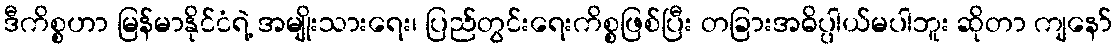
ဒီကိစ္စဟာ မြန်မာနိုင်ငံရဲ့ အမျိုးသားရေး၊ ပြည်တွင်းရေးကိစ္စဖြစ်ပြီး တခြားအဓိပ္ပါယ်မပါဘူး ဆိုတာ ကျနော်